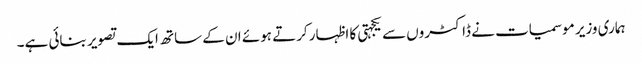
ہماری وزیر موسمیات نے ڈاکٹروں سے یکجہتی کا اظہار کرتے ہوئے ان کے ساتھ ایک تصویر بنائی ہے۔